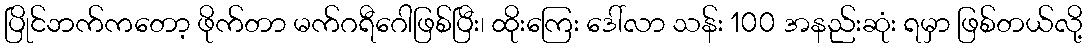
ပြိုင်ဘက်ကတော့ ဖိုက်တာ မက်ဂရီဂေါဖြစ်ပြီး၊ ထိုးကြေး ဒေါ်လာ သန်း 100 အနည်းဆုံး ရမှာ ဖြစ်တယ်လို့